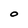
Character: O